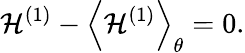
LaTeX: \mathcal{H}^{(1)}-\left<{\mathcal{H}^{(1)}}\right>_{\theta}=0.